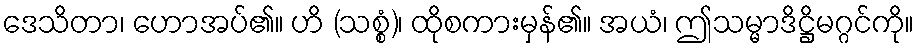
ဒေသိတာ၊ ဟောအပ်၏။ ဟိ (သစ္စံ)၊ ထိုစကားမှန်၏။ အယံ၊ ဤသမ္မာဒိဋ္ဌိမဂ္ဂင်ကို။